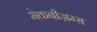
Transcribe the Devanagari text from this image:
मेकनीज़म्स